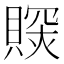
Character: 𧷉